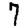
Digit: 7